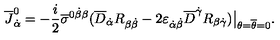
\overline { J } _ { \dot { \alpha } } ^ { 0 } = - { \frac { i } { 2 } } \overline { \sigma } ^ { 0 \dot { \beta } \beta } ( \overline { D } _ { \dot { \alpha } } R _ { \beta \dot { \beta } } - 2 \varepsilon _ { \dot { \alpha } \dot { \beta } } \overline { D } ^ { \dot { \gamma } } R _ { \beta \dot { \gamma } } ) \bigr | _ { \theta = \overline { \theta } = 0 } .